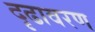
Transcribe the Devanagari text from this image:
दृढावरण